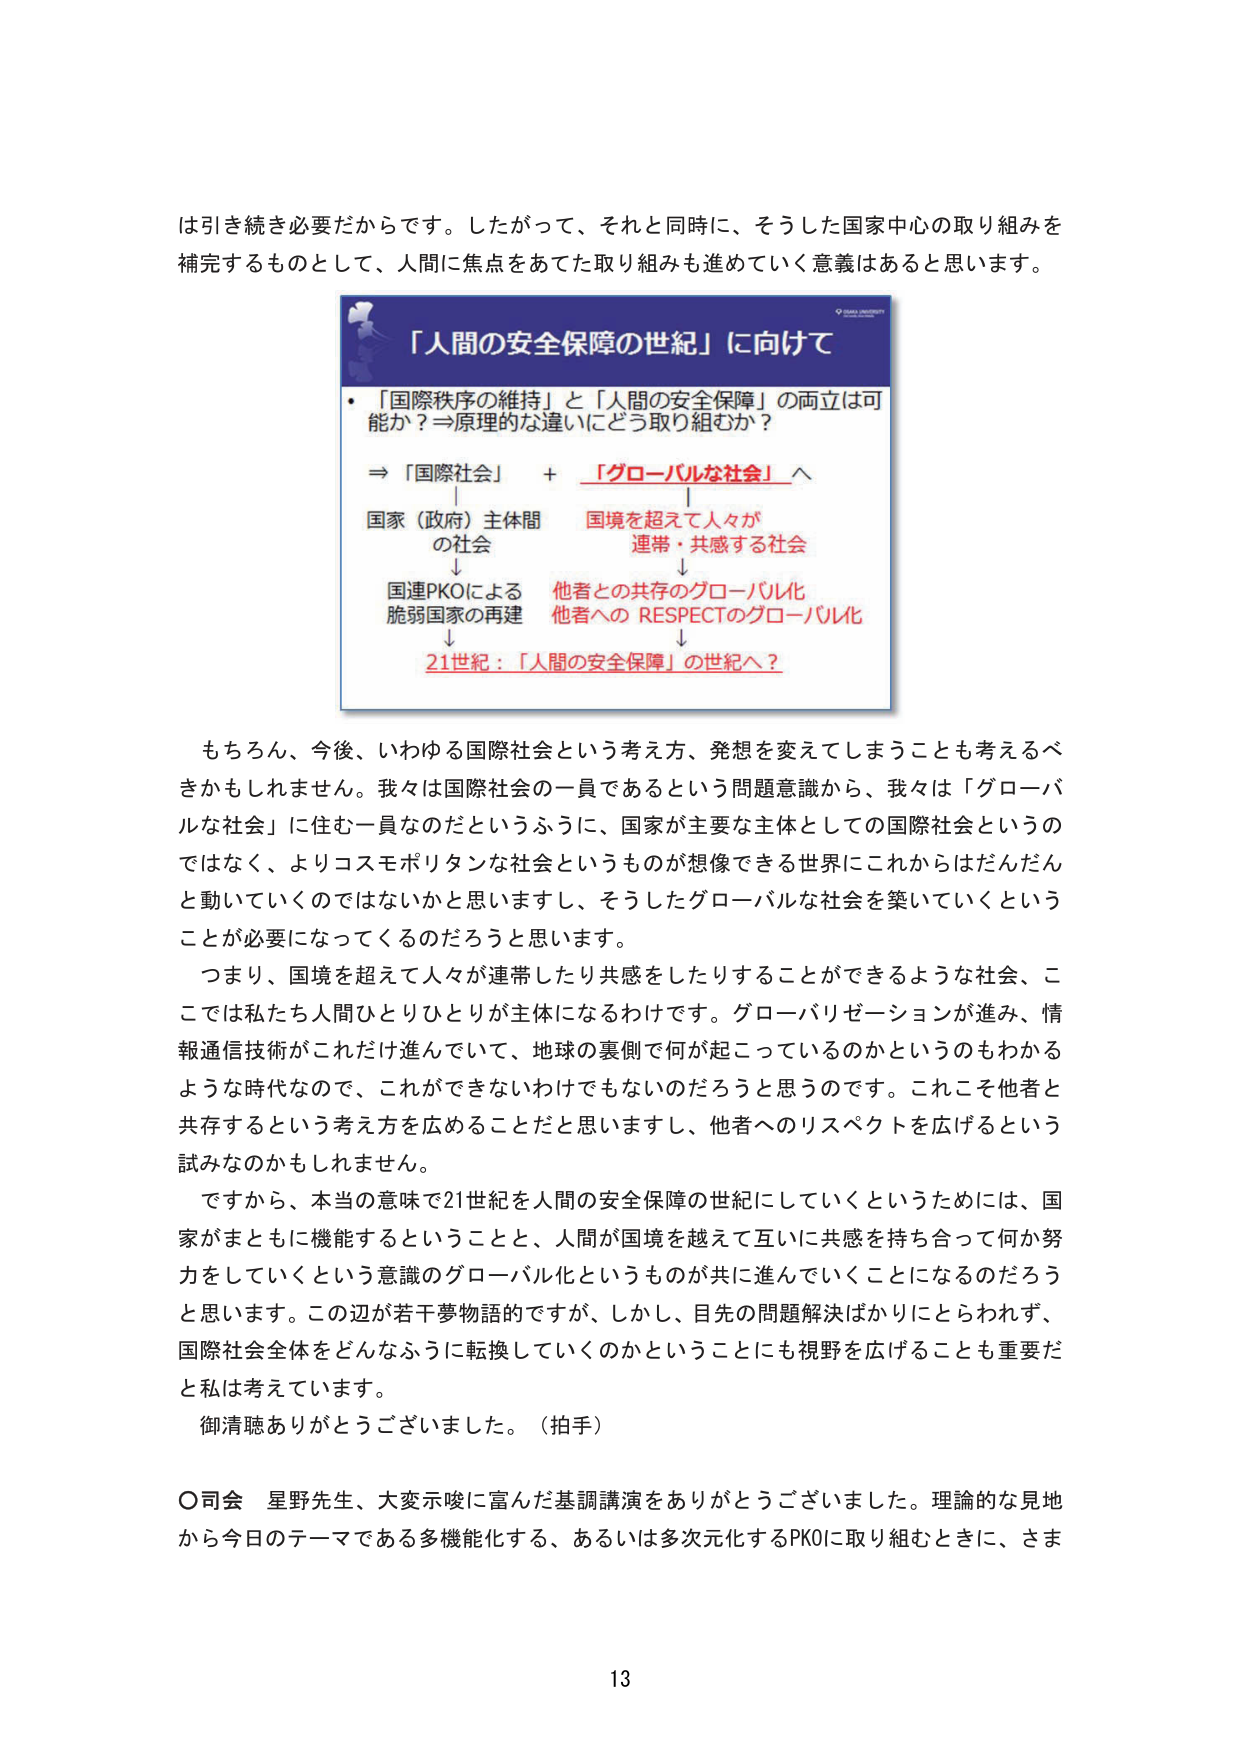
は引き続き必要だからです。したがって、それと同時に、そうした国家中心の取り組みを補完するものとして、人間に焦点をあてた取り組みも進めていく意義はあると思います。

「人間の安全保障の世紀」に向けて

・「国際秩序の維持」と「人間の安全保障」の両立は可能か？＝原理的な違いにどう取り組むか？

⇒「国際社会」＋「グローバルな社会」へ

国家（政府）主体間の社会　　　　　国境を超えて人々が連帯・共感する社会

↓　　　　　　　　　　　　　　　　↓

国連PKOによる脆弱国家の再建　　　他者との共存のグローバル化
　　　　　　　　　　　　　　　　他者への RESPECTのグローバル化

↓

21世紀：「人間の安全保障」の世紀へ？

もちろん、今後、いわゆる国際社会という考え方、発想を変えてしまうことも考えるべきかもしれません。我々は国際社会の一員であるという問題意識から、我々は「グローバルな社会」に住む一員なのだというふうに、国家が主要な主体としての国際社会というのではなく、よりコスモポリタンな社会というものが想像できる世界にこれからはだんだんと動いていくのではないでしょうかと思いますし、そうしたグローバルな社会を築いていくということが必要になってくるのだろうと思います。

つまり、国境を超えて人々が連帯したり共感をしたりすることができるような社会、ここでは私たち人間ひとりひとりが主体になるわけです。グローバリゼーションが進み、情報通信技術がこれだけ進んでいて、地球の裏側で何が起こっているのかというのもわかるような時代なので、これができなきゃいけないわけでもないのだろうと思います。これこそ他者と共存するという考え方を広めることだと思いますし、他者へのリスペクトを広げるという試みなのかもしれません。

ですから、本当の意味で21世紀を人間の安全保障の世紀にしていくというためには、国家がまともに機能するということと、人間が国境を越えて互いに共感を持ち合って何か努力をしていくという意識のグローバル化というものが共に進んでいくことになるのだろうと思います。この辺が若干夢物語的ですが、しかし、目先の問題解決ばかりにとらわれず、国際社会全体をどんなふうに転換していくのかということにも視野を広げることも重要だと私は考えています。

御清聴ありがとうございました。（拍手）

○司会　星野先生、大変示唆に富んだ基調講演をありがとうございました。理論的な見地から今日のテーマである多機能化する、あるいは多次元化するPKOに取り組むときに、さま

13